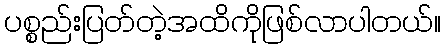
ပစ္စည်းပြတ်တဲ့အထိကိုဖြစ်လာပါတယ်။